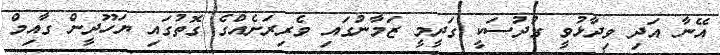
އޭނާ އަދި ވިދާޅުވީ ގުދުސަކީ ގަދީމީ ޒަމާނުގައި ވެރިރަށެއްގެ ގޮތުގައި ޔަހޫދީން ގާއިމް